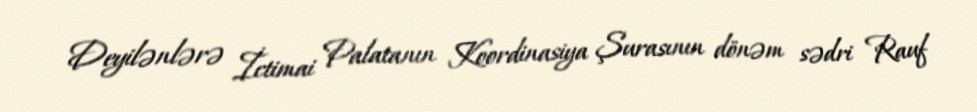
Deyilənlərə İctimai Palatanın Koordinasiya Şurasının dönəm sədri Rauf